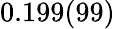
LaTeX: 0.199(99)